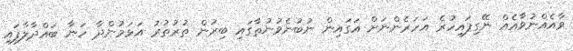
ވާއެއްނުވާއެއް ނޭގިފައިހުރެ އަހަރެންނަށް އަގައިން ނުބުނެވުނުތާގައި ބިރުން ތުރުތުރު އަޅަމުންދާ ހަނާ ބައްދާލާފައި